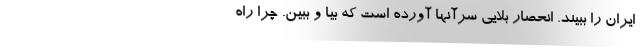
ایران را ببیند. انحصار بلایی سرآنها آورده است که بیا و ببین. چرا راه